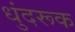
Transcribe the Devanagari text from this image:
धुंदरूक